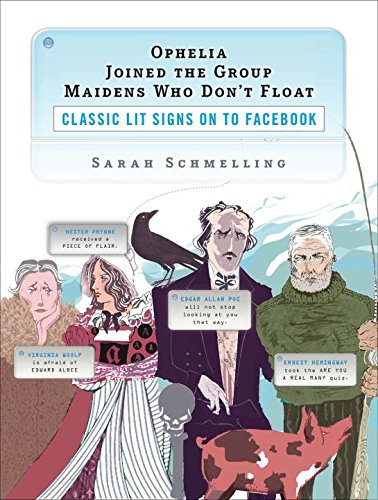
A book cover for Ophelia Joined the Group Maidens Who Don't Float: Classic Lit Signs on to Facebook; Sarah Schmelling; Humor & Entertainment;